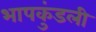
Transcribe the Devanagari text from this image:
भापकुंडली